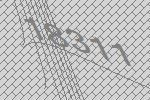
18311